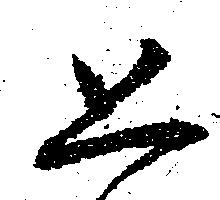
恐